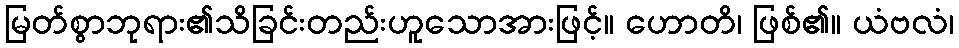
မြတ်စွာဘုရား၏သိခြင်းတည်းဟူသောအားဖြင့်။ ဟောတိ၊ ဖြစ်၏။ ယံဗလံ၊